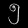
Digit: ၅